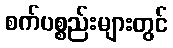
စက်ပစ္စည်းများတွင်